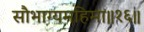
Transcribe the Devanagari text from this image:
सौभाग्यमहिमा॥१६॥